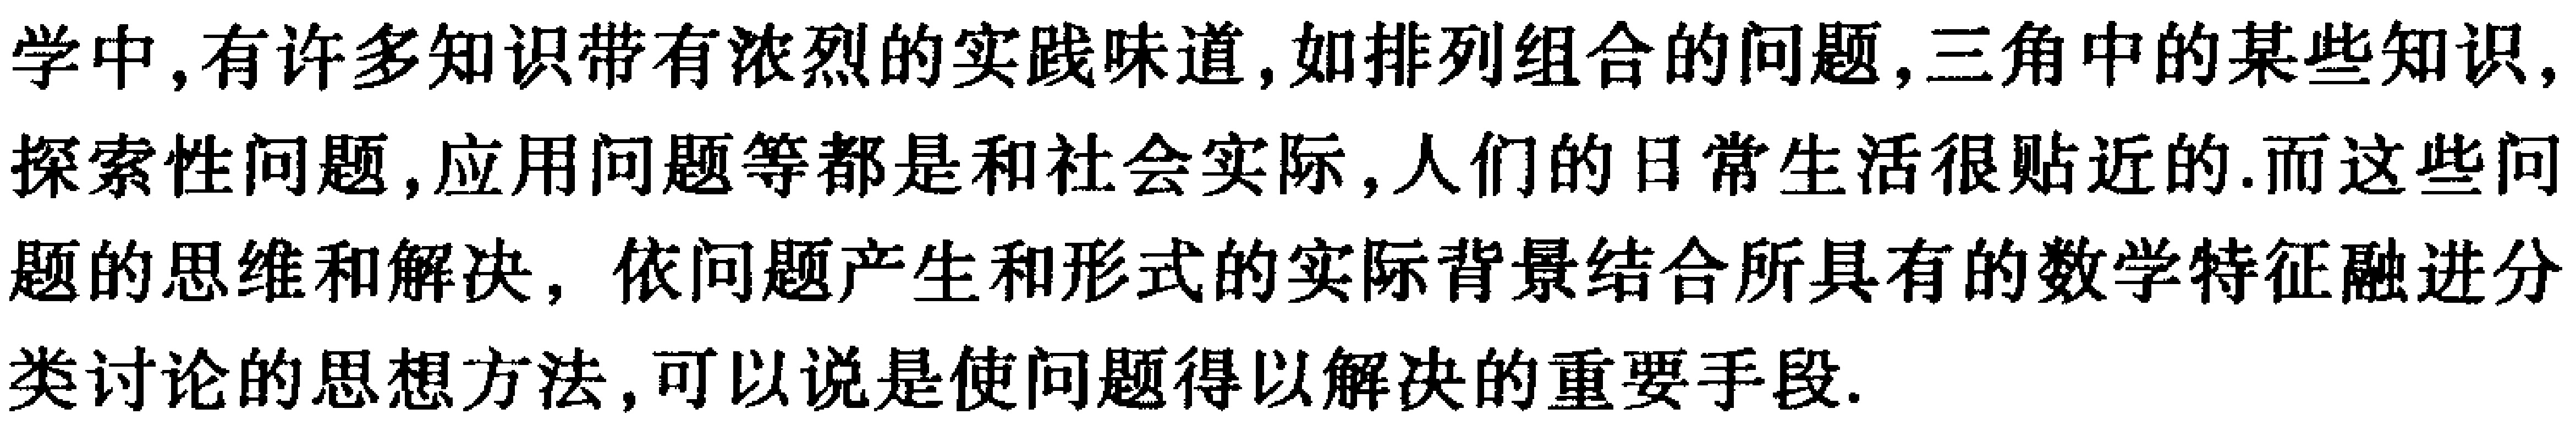
学中，有许多知识带有浓烈的实践味道，如排列组合的问题，三角中的某些知识，探索性问题，应用问题等都是和社会实际，人们的日常生活很贴近的.而这些问题的思维和解决，依问题产生和形式的实际背景结合所具有的数学特征融进分类讨论的思想方法，可以说是使问题得以解决的重要手段.